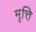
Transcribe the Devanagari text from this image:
मृत्ति